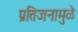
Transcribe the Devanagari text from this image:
प्रतिजनामुळे